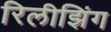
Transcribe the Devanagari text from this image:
रिलीझिंग